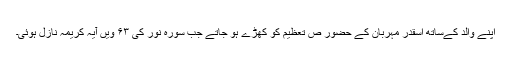
اپنے والد کےساتھ اسقدر مہربان کے حضور ص تعظیم کو کھڑے ہو جاتے جب سورہ نور کی ۶۳ ویں آیہ کریمہ نازل ہوئی۔